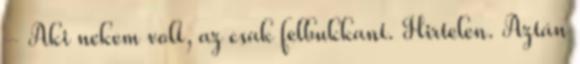
- Aki nekem volt, az csak felbukkant. Hirtelen. Aztán